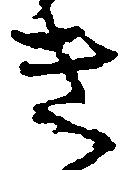
き